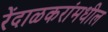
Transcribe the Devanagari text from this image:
रेंदाळकरांमधील